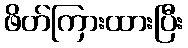
ဖိတ်ကြားထားပြီး